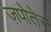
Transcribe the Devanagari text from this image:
ज़पोतेस